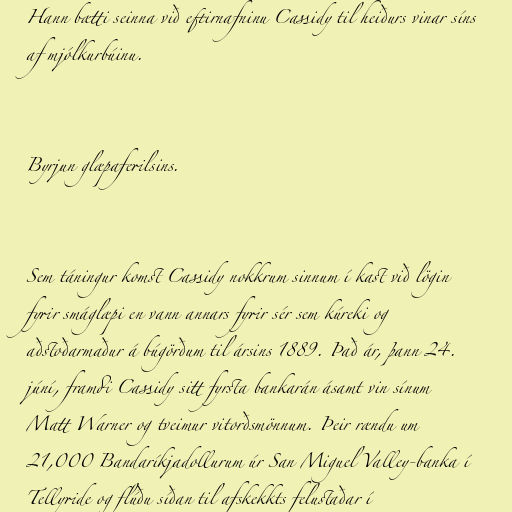
Hann bætti seinna við eftirnafninu Cassidy til heiðurs vinar síns
af mjólkurbúinu.

Byrjun glæpaferilsins.

Sem táningur komst Cassidy nokkrum sinnum í kast við lögin
fyrir smáglæpi en vann annars fyrir sér sem kúreki og
aðstoðarmaður á búgörðum til ársins 1889. Það ár, þann 24.
júní, framdi Cassidy sitt fyrsta bankarán ásamt vin sínum
Matt Warner og tveimur vitorðsmönnum. Þeir rændu um
21,000 Bandaríkjadollurum úr San Miguel Valley-banka í
Tellyride og flúðu síðan til afskekkts felustaðar í